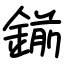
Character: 鎆